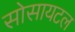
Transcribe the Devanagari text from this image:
सोसायटल